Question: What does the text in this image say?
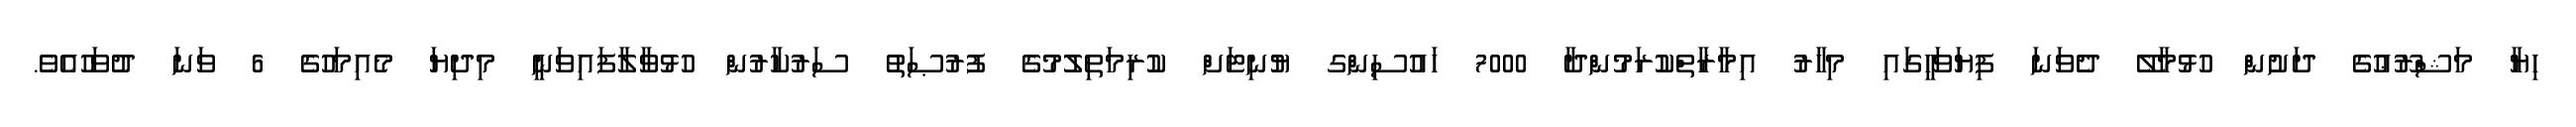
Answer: ހިޔާ މަޝްރޫޢުގެ ދަށުން ހުޅުމާލޭ ދެވަނަ ފިޔަވަހީގައި މިހާރު އިމާރާތްކުރަމުންދާ 7000 ހައުސިންގ ޔުނިޓަށް ކުރިމަތިލުމުގެ ފުރުޞަތު ސަރުކާރުން ހުޅުވާލާފައިވަނީ މިދިޔަ މެއިމަހުގެ 6 ވަނަ ދުވަހުއެވެ.